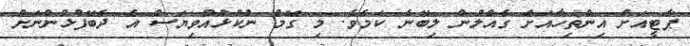
ޕާޓީއަށް އިންތިހާއަށް ގެއްލުން ލިބޭނެ ކަމެވެ. މި ގޭމް ނުކުޅުއްވިޔަސް އެ ދެބޭފުޅުންނަށް